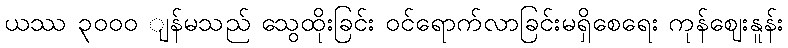
ယဿ ၃၀၀ဝ ျန်မသည် သွေထိုးခြင်း ဝင်ရောက်လာခြင်းမရှိစေရေး ကုန်ဈေးနူန်း